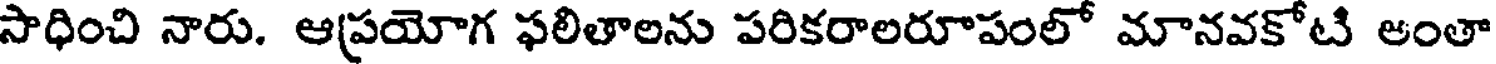
సాధించి నారు. ఆప్రయోగ ఫలితాలను పరికరాలరూపంలో మానవకోటి అంతా